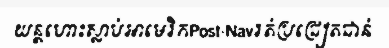
យន្តហោះស្លាប់អាមេរិកPost-Navរត់ប្រជ្រៀតជាន់